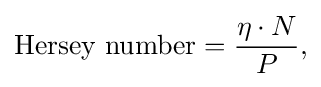
{\begin{aligned}{\text{Hersey number}}={\frac {\eta \cdot N}{P}},\end{aligned}}